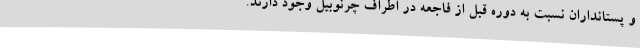
و پستانداران نسبت به دوره قبل از فاجعه در اطراف چرنوبیل وجود دارند.